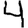
Digit: 4